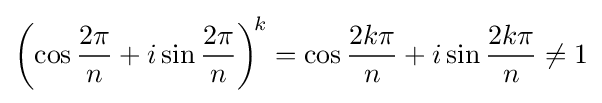
\left(\cos {\frac {2\pi }{n}}+i\sin {\frac {2\pi }{n}}\right)^{\!k}=\cos {\frac {2k\pi }{n}}+i\sin {\frac {2k\pi }{n}}\neq 1